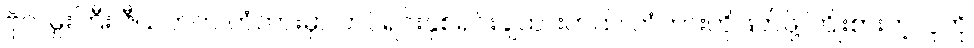
ဗိုလ်မှူးကြီး ဇီယတ်က တံတားမှာ တပ်ရင်းနှစ်ရင်းချထားတယ်၊ တံတားကိုဖြတ်ဖို့ ကြိုးစားတဲ့လူကို